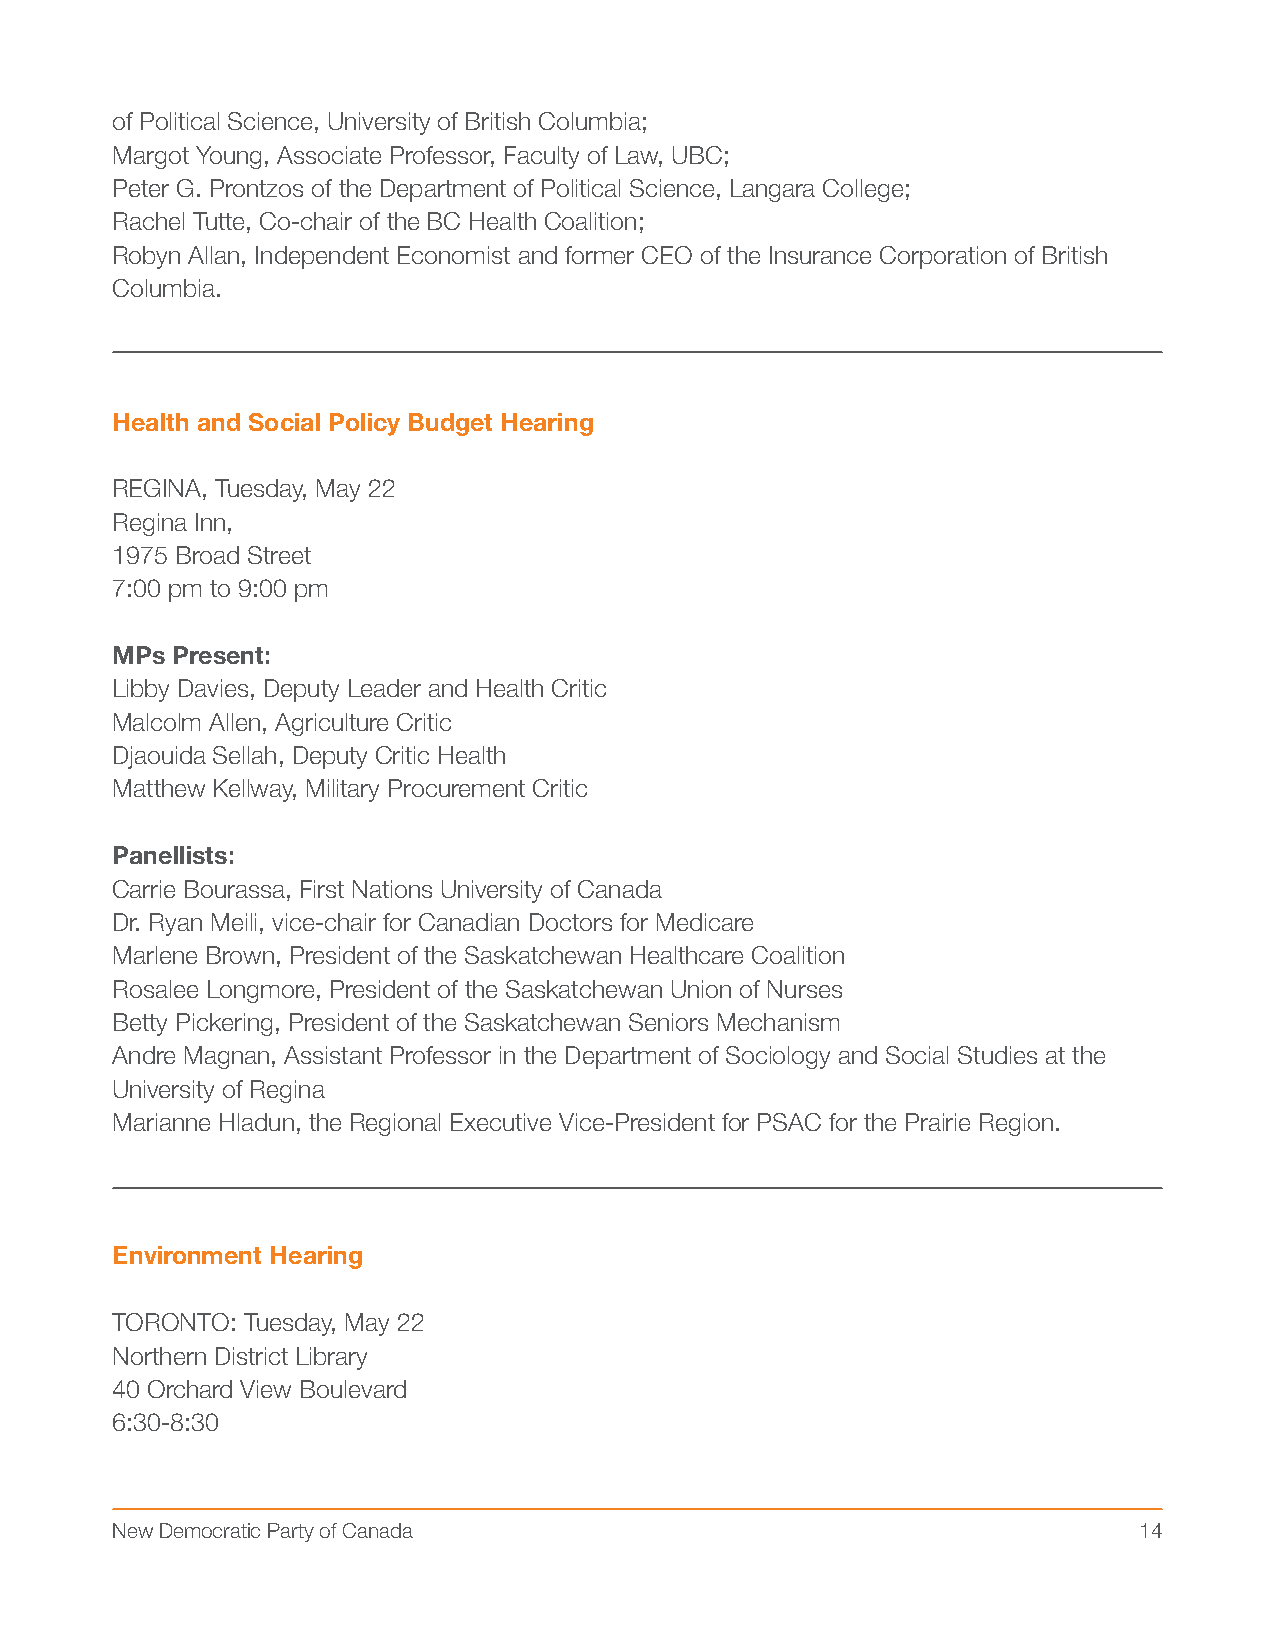
of Political Science, University of British Columbia;
 Margot Young, Associate Professor, Faculty of Law, UBC;
 Peter G. Prontzos of the Department of Political Science, Langara College;
 Rachel Tutte, Co-chair of the BC Health Coalition;
 Robyn Allan, Independent Economist and former CEO of the Insurance Corporation of British
 Columbia.
 Health and Social Policy Budget Hearing
 REGINA, Tuesday, May 22
 Regina Inn,
 1975 Broad Street
 7:00 pm to 9:00 pm
 MPs Present:
 Libby Davies, Deputy Leader and Health Critic
 Malcolm Allen, Agriculture Critic
 Djaouida Sellah, Deputy Critic Health
 Matthew Kellway, Military Procurement Critic
 Panellists:
 Carrie Bourassa, First Nations University of Canada
 Dr. Ryan Meili, vice-chair for Canadian Doctors for Medicare
 Marlene Brown, President of the Saskatchewan Healthcare Coalition
 Rosalee Longmore, President of the Saskatchewan Union of Nurses
 Betty Pickering, President of the Saskatchewan Seniors Mechanism
 Andre Magnan, Assistant Professor in the Department of Sociology and Social Studies at the
 University of Regina
 Marianne Hladun, the Regional Executive Vice-President for PSAC for the Prairie Region.
 Environment Hearing
 TORONTO: Tuesday, May 22
 Northern District Library
 40 Orchard View Boulevard
 6:30-8:30
 New Democratic Party of Canada                                      14